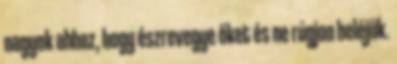
nagyok ahhoz, hogy észrevegye őket és ne rúgjon beléjük.